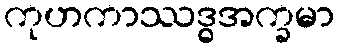
ကုဟကာဿဒ္ဓအက္ခမာ